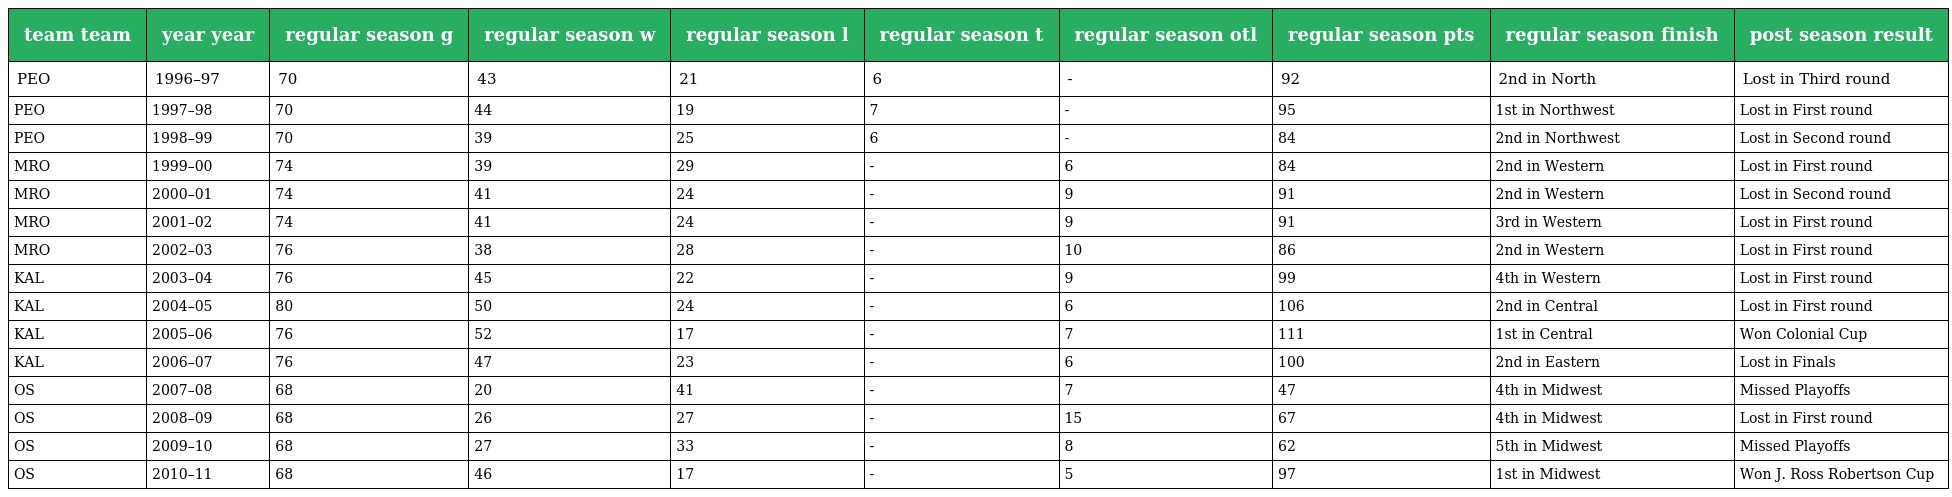
| team team | year year | regular season g | regular season w | regular season l | regular season t | regular season otl | regular season pts | regular season finish | post season result |
 | --- | --- | --- | --- | --- | --- | --- | --- | --- | --- |
 | PEO | 1996–97 | 70 | 43 | 21 | 6 | - | 92 | 2nd in North | Lost in Third round |
 | PEO | 1997–98 | 70 | 44 | 19 | 7 | - | 95 | 1st in Northwest | Lost in First round |
 | PEO | 1998–99 | 70 | 39 | 25 | 6 | - | 84 | 2nd in Northwest | Lost in Second round |
 | MRO | 1999–00 | 74 | 39 | 29 | - | 6 | 84 | 2nd in Western | Lost in First round |
 | MRO | 2000–01 | 74 | 41 | 24 | - | 9 | 91 | 2nd in Western | Lost in Second round |
 | MRO | 2001–02 | 74 | 41 | 24 | - | 9 | 91 | 3rd in Western | Lost in First round |
 | MRO | 2002–03 | 76 | 38 | 28 | - | 10 | 86 | 2nd in Western | Lost in First round |
 | KAL | 2003–04 | 76 | 45 | 22 | - | 9 | 99 | 4th in Western | Lost in First round |
 | KAL | 2004–05 | 80 | 50 | 24 | - | 6 | 106 | 2nd in Central | Lost in First round |
 | KAL | 2005–06 | 76 | 52 | 17 | - | 7 | 111 | 1st in Central | Won Colonial Cup |
 | KAL | 2006–07 | 76 | 47 | 23 | - | 6 | 100 | 2nd in Eastern | Lost in Finals |
 | OS | 2007–08 | 68 | 20 | 41 | - | 7 | 47 | 4th in Midwest | Missed Playoffs |
 | OS | 2008–09 | 68 | 26 | 27 | - | 15 | 67 | 4th in Midwest | Lost in First round |
 | OS | 2009–10 | 68 | 27 | 33 | - | 8 | 62 | 5th in Midwest | Missed Playoffs |
 | OS | 2010–11 | 68 | 46 | 17 | - | 5 | 97 | 1st in Midwest | Won J. Ross Robertson Cup |